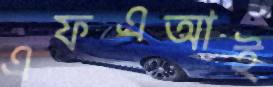
এফএআই